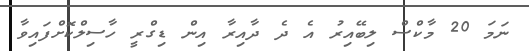
ނަމަ 20 މާކްސް ލިބޭއިރު އެ ދެ ދާއިރާ އިން ޑިގްރީ ހާސިލްކޮށްފައިވާ